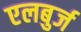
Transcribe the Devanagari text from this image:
एलबुर्ज